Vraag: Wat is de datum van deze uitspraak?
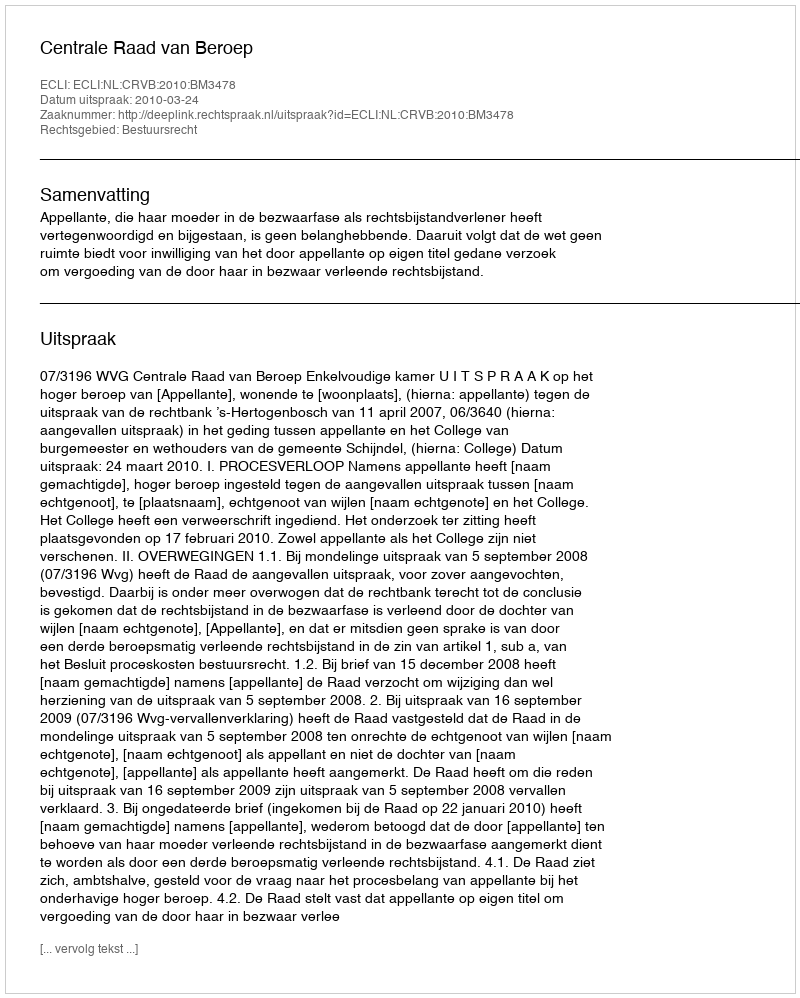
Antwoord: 2010-03-24